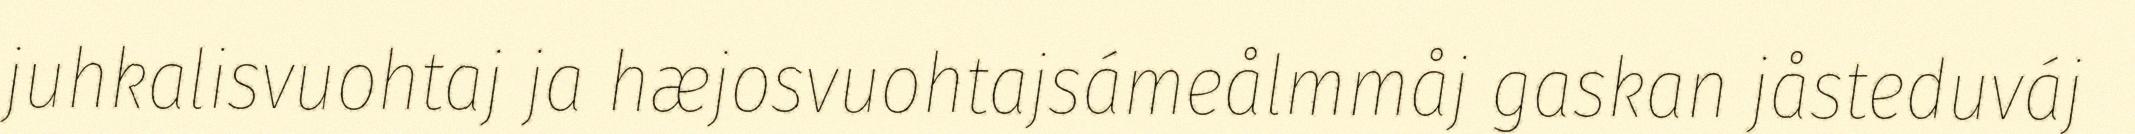
juhkalisvuohtaj ja hæjosvuohtajsámeålmmåj gaskan jåsteduváj